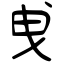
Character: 曵